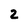
Character: 2